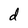
Character: d